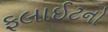
ફલાઈટનો